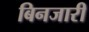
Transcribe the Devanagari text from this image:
बिनजारी